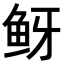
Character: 𬶅